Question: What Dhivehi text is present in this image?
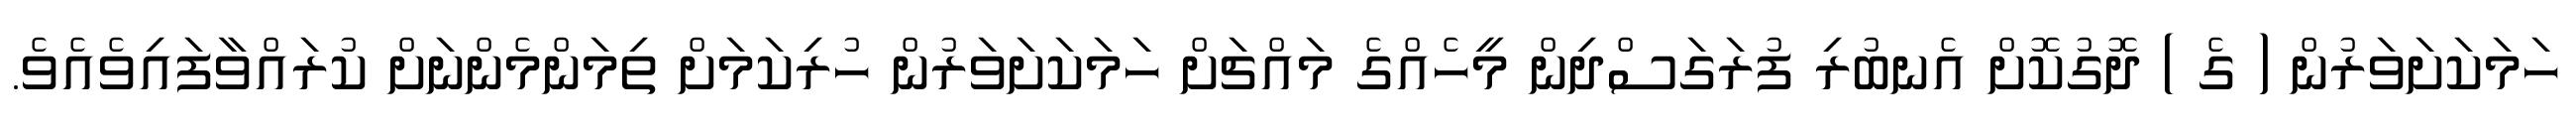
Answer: ހަމަކަށަވަރުން ( ގެ ) ދޮގުކޮށް އެނބުރި ފުރަގަސްދިން މީހެއްގެ މައްޗަށް ހަމަކަށަވަރުން ހުރިކަމަށް ތިމަންމެންނަށް ކުރައްވާފައިވެއެވެ.